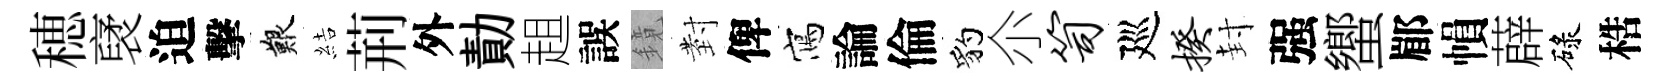
穂裦迫擊艱結荊外勣趄誤鏡𭔹俾寫論倫豹尒笥廵揆封强蠁郿𢄙薜碌梏